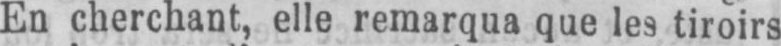
En cherchant, elle remarqua que les tiroirs